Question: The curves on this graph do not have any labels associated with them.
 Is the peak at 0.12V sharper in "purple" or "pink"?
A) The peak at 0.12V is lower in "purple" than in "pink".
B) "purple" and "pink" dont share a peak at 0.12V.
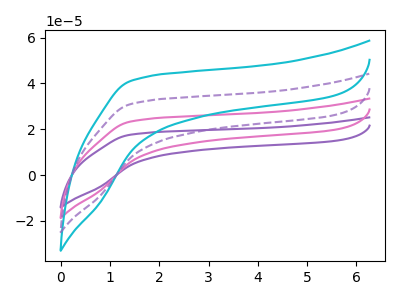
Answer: <think>The purple curve "purple" has no peaks. The pink curve "pink" has no peaks. The cyan curve "cyan" has no peaks. The purple dashed curve "purple dashed" has no peaks.</think>
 <answer>B) "purple" and "pink" dont share a peak at 0.12V.</answer>
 <eval>B</eval>